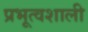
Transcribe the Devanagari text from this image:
प्रभूत्वशाली